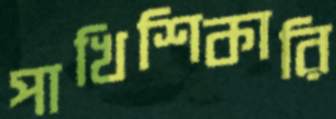
পাখিশিকারি